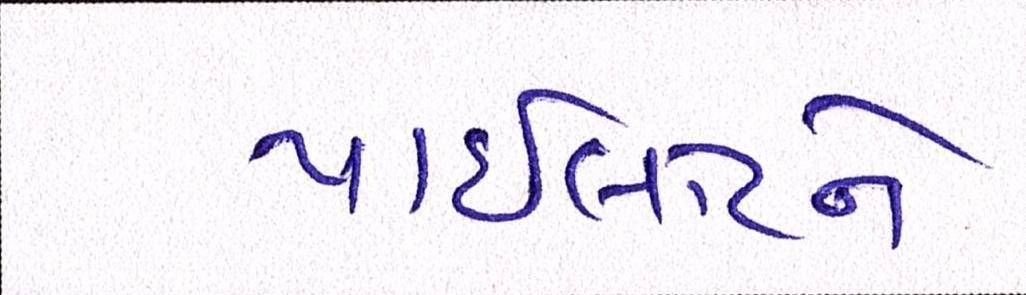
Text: પાઈલોટને